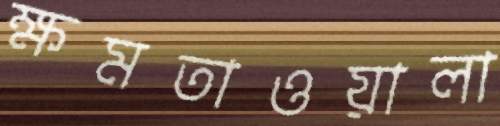
ক্ষমতাওয়ালা